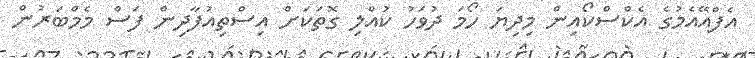
އެފްއޭއެމުގެ އެކްސްކޯއިން މިދިޔަ ހޯމަ ދުވަހު ކުއްލި ގޮތަކަށް އިސްތިއުފާދިން ފަސް މެމްބަރުން